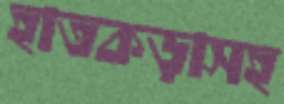
হাতকড়াসহ